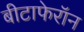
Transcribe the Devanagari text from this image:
बीटाफेरॉन